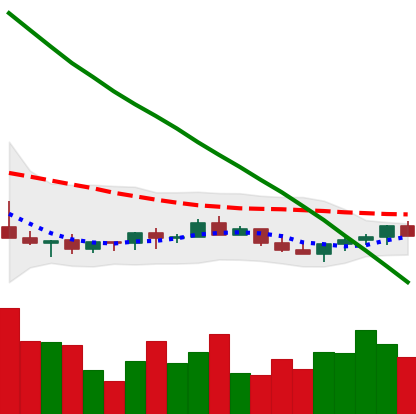
Ticker: LINK-USD
Chart end date: 2022-07-17
Forward return: 7.287%
Label: up_7plus